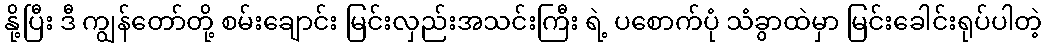
နို့ပြီး ဒီ ကျွန်တော်တို့ စမ်းချောင်း မြင်းလှည်းအသင်းကြီး ရဲ့ ပစောက်ပုံ သံခွာထဲမှာ မြင်းခေါင်းရုပ်ပါတဲ့